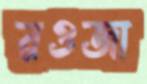
রওজা